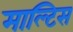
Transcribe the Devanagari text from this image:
माल्टिस